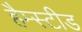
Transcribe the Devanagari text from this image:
हैम्स्टीड